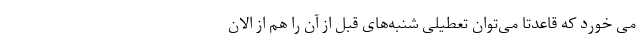
می خورد که قاعدتا می‌توان تعطیلی شنبه‌های قبل از آن را هم از الان